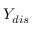
Y _ { d i s }